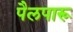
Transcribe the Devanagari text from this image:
पैलपारू